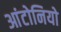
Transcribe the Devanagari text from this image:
आंटोनियो